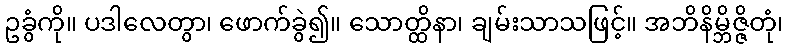
ဥခွံကို။ ပဒါလေတွာ၊ ဖောက်ခွဲ၍။ သောတ္ထိနာ၊ ချမ်းသာသဖြင့်။ အဘိနိမ္ဘိဇ္ဇိတုံ၊